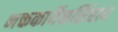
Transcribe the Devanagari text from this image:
भक्तकार्यैकसिंहाय